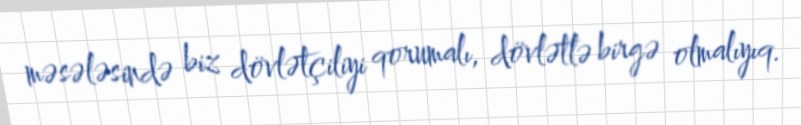
məsələsində biz dövlətçiliyi qorumalı, dövlətlə birgə olmalıyıq.